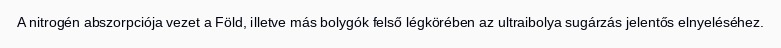
A nitrogén abszorpciója vezet a Föld, illetve más bolygók felső légkörében az ultraibolya sugárzás jelentős elnyeléséhez.